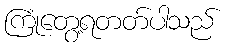
ကြုံတွေ့ရတတ်ပါသည်